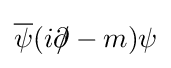
{\overline {\psi }}(i\partial \!\!\!/-m)\psi